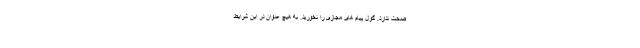
صحت ندارد. گول پیام های مجازی را نخورید. به هیچ عنوان در این شرایط